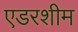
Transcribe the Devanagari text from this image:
एडरशीम